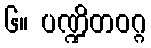
၆။ ပဏ္ဍိတဝဂ္ဂ